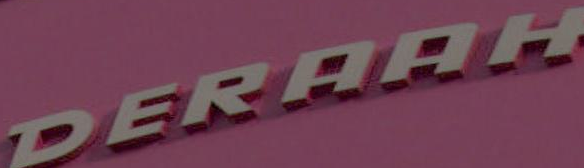
DERAAH